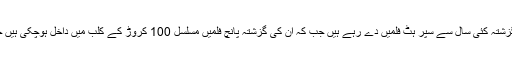
بالی ووڈ کے ایکشن ہیرو اکشے کمار کے ستارے اس وقت اپنے عروج پر ہیں یہی وجہ ہے کہ وہ گزشتہ کئی سال سے سپر ہٹ فلمیں دے رہے ہیں جب کہ ان کی گزشتہ پانچ فلمیں مسلسل 100 کروڑ کے کلب میں داخل ہوچکی ہیں جن میں ’ایئر لفٹ‘، ’ہاؤس فل 3‘ ،’ٹوائلٹ ایک پریم کتھا‘، ’رستم‘ اور ’جولی ایل ایل بی ٹو‘ شامل ہیں۔